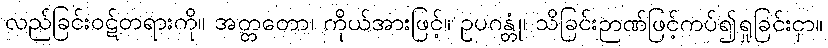
လည်ခြင်းဝဋ်တရားကို။ အတ္တတော၊ ကိုယ်အားဖြင့်။ ဥပဂန္တုံ၊ သိခြင်းဉာဏ်ဖြင့်ကပ်၍ရှုခြင်းငှာ။